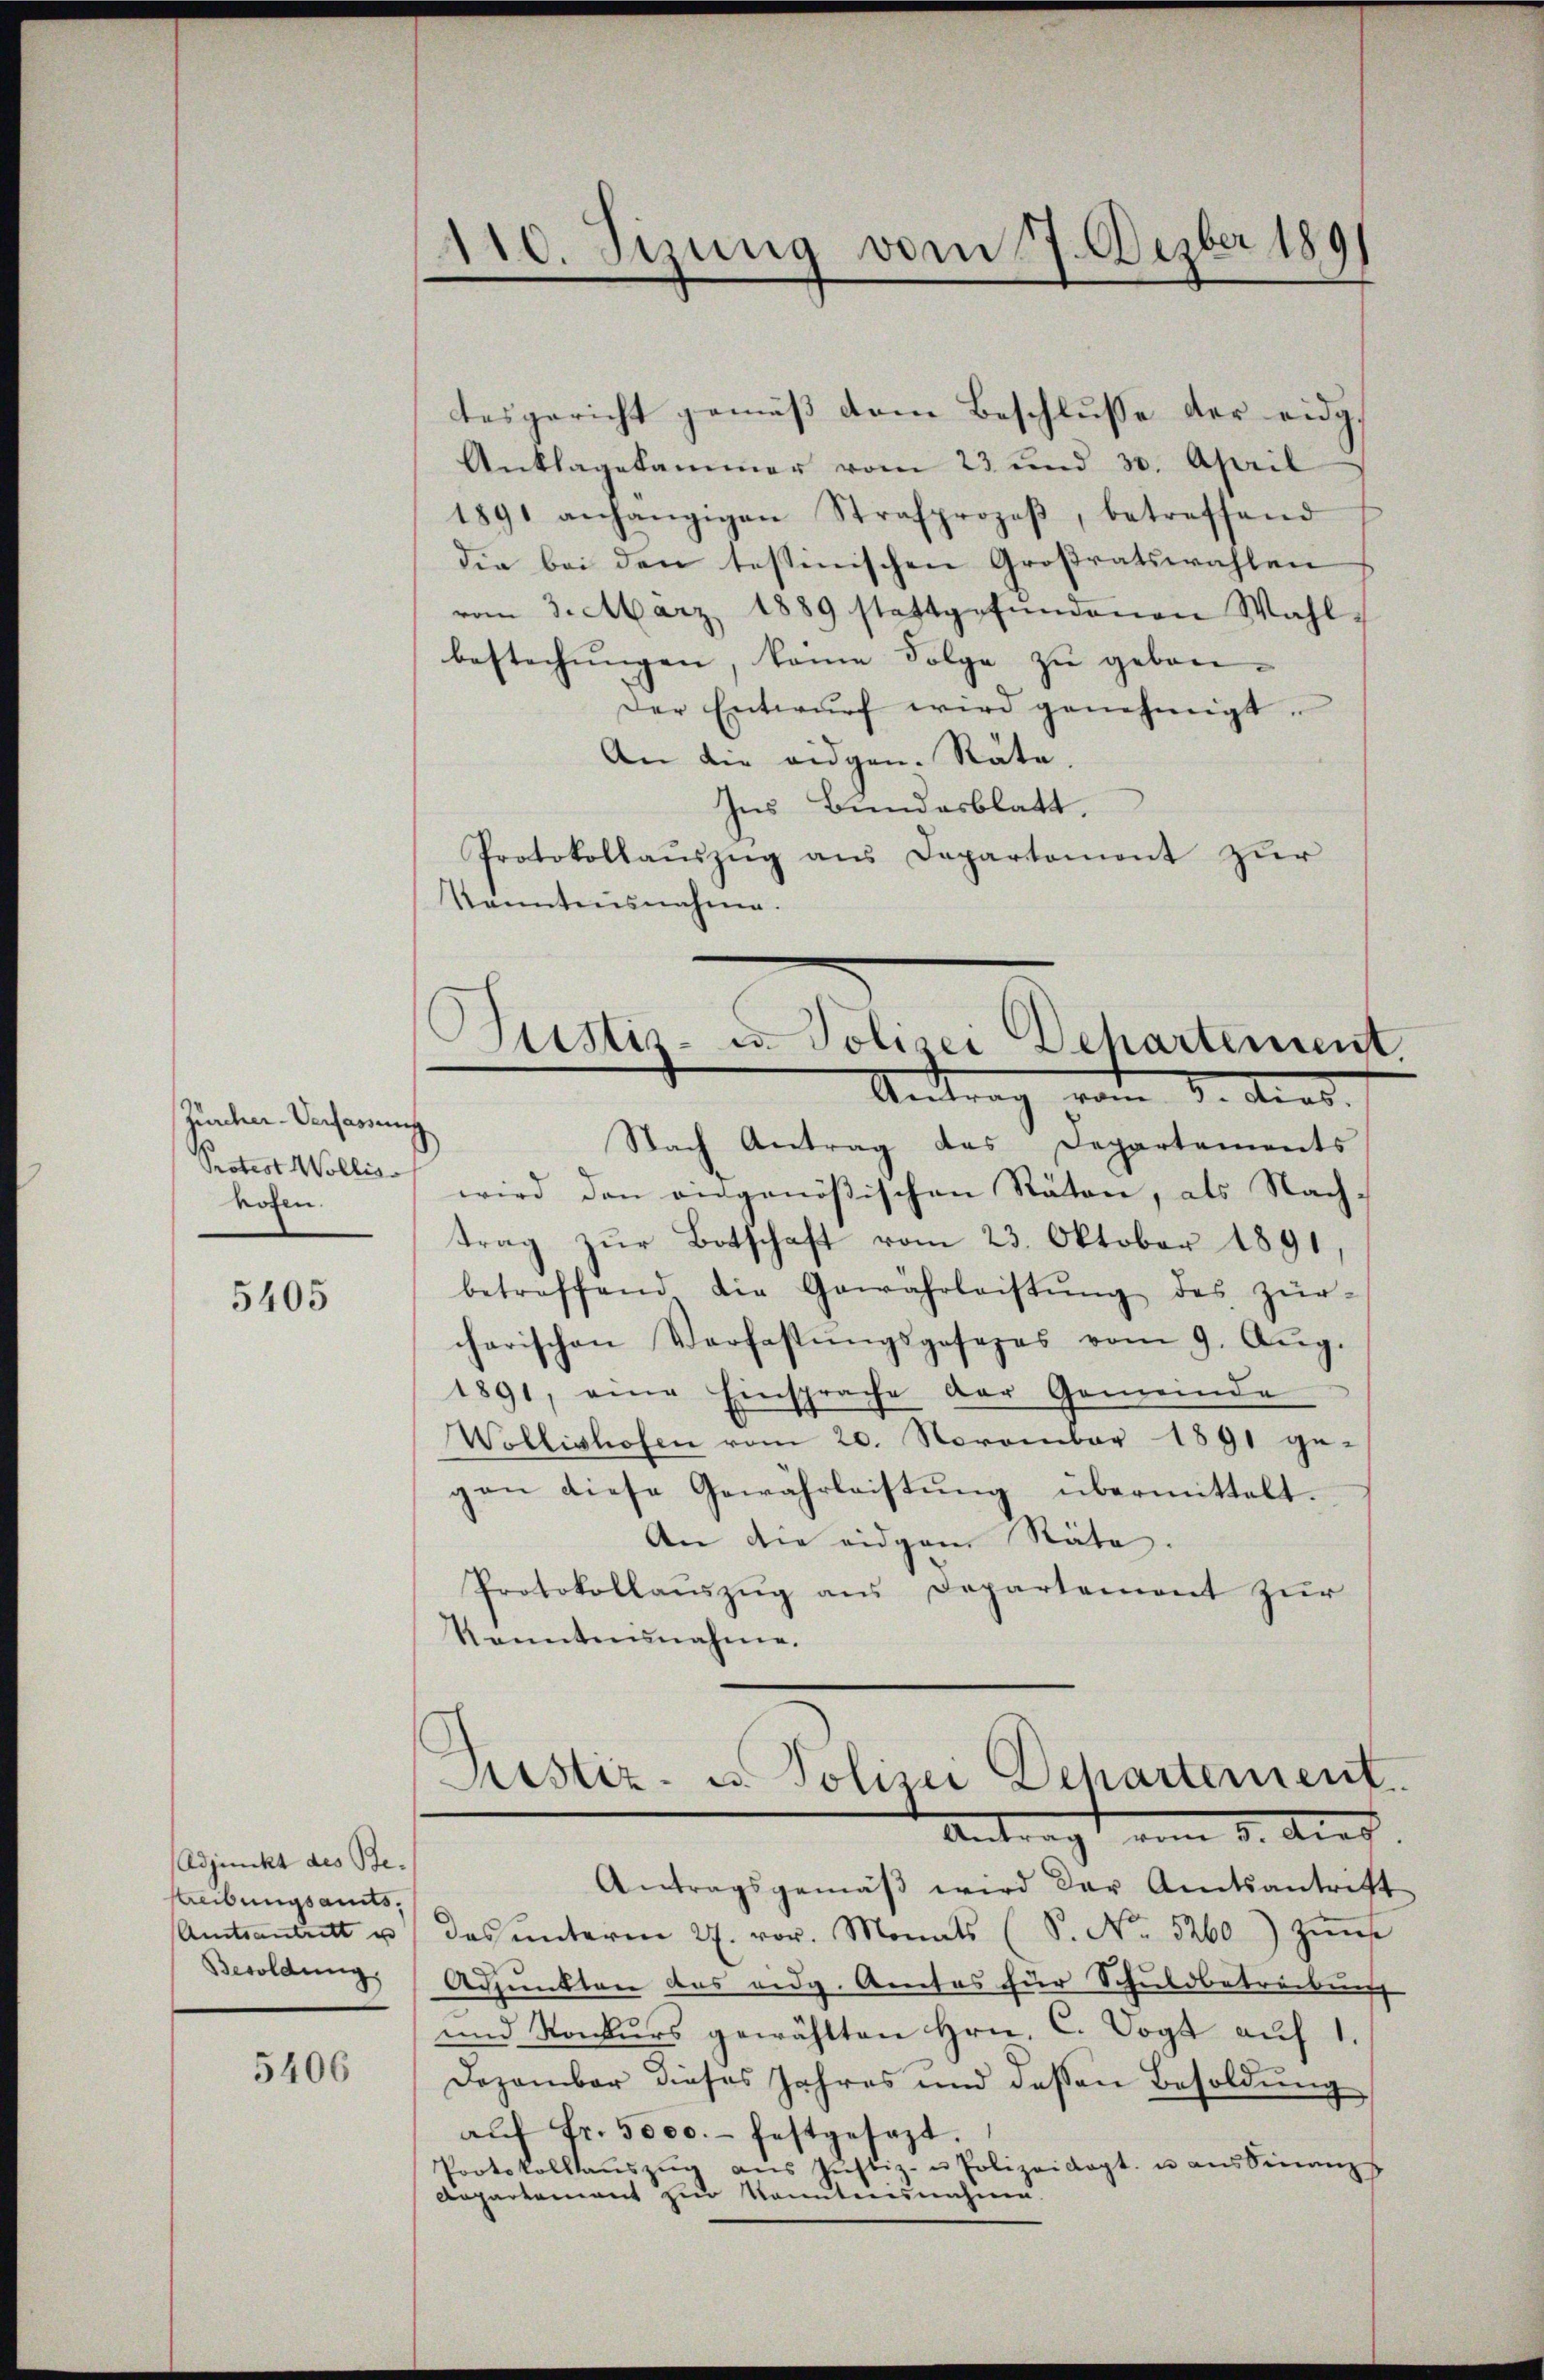
Junken-Dechassung.
Protest Wollis
kofen.

5405

Adjunkt des Be-
Streibungsamts,
Amtsantritt u
Besoldung,

5406

110. Sizung vom 7. Dezber 1891

tesgericht gemäß dem Beschlusse der eidg¬
Anklagekammer vom 23 und 30. April
1891 anhängigen Strafprozeβ, betreffend
die bei den testinischen Großratswahlen
vom 3. März 1889 stattgefundenen Wahl,
bestechungen, keine Folge zu gebon¬
Der Entwŭrf wird genehmigt.
An die eidgen. Räte.
Ins Bundesblatt,
Protokollaŭszŭg ans Departament zŭr
kanntensnahme.

Nach Antrag das Departements
wird den angenößischen Räten, als Nach-
trag zŭr Botschaft vom 23. Oktober 1891
betreffend die Gewährleistŭng des zürcharischen Verfassŭngsgesezes vom 9. Aŭg.
1891, eine Einsprache der Gemeinde
Wollishofen vom 20. November 1891 ge-
gan diese Gewährleistung übermittelt.
An die eidgam Räte
Protokollanzŭg ans Departement zŭr
Kenntnisnahme.

Antragsgemäβ wird der Amtsantritt
des ŭnterm 2. vor. Monats (S. No. 5260) Zŭm
Adpunkten das eidg. Amtes für Schuldbetrackung
und Konkŭrs gewählten Hrn. C. Vogt aŭf 1.
Dezember dieses Jahres und dessen Besoldŭng
aŭf fr. 5000.- festgesezt.
Protokollaŭszŭg aŭs Jŭstiz- u Polizeidigt u aŭs Finanz
Anpartement zur Kenntnisnahme.

Justiz- u. Polizei Dechartement
Antrag vom 3. Art.

Pustiz- u. Polizei Dehartement.
Antrag vom 5. Aug.